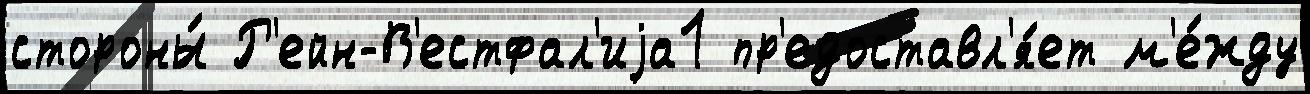
стороны́ Р'ейн-В'естфал'иjа1 пр'едоставл'я́ет м'е́жду